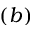
( b )